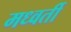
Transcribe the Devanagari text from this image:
मध्वर्ती